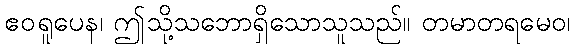
ဧဝရူပေန၊ ဤသို့သဘောရှိသောသူသည်။ တမာတရမေဝ၊